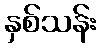
နှစ်သန်း